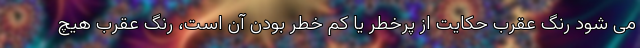
می شود رنگ عقرب حکایت از پرخطر یا کم خطر بودن آن است، رنگ عقرب هیچ